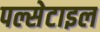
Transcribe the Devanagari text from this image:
पल्सेटाइल